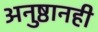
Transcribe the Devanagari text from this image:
अनुष्ठानही